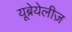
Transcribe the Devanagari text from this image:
यूब्रेयेलीज़